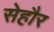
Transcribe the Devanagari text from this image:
सेहौर